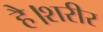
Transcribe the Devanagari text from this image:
है।शरीर